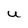
Character: U